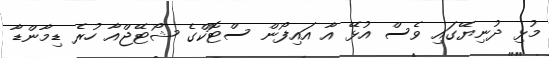
މުޅި ދުނިޔޭގައި ވެސް އުޅޭ އާ އައިފޯން ސްޓޮކްގެ ޝޯޓޭޖްއާ ހުރެ ޑިމާންޑާ